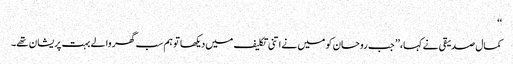
‘‘
کمال صدیقی نے کہا،’’ جب روحان کو میں نے اتنی تکلیف میں دیکھا تو ہم سب گھر والے بہت پریشان تھے۔